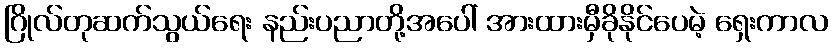
ဂြိုလ်တုဆက်သွယ်ရေး နည်းပညာတို့အပေါ် အားထားမှီခိုနိုင်ပေမဲ့ ရှေးကာလ